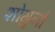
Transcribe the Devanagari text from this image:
शोगुनों